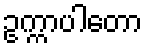
ဥက္ကာပါတော